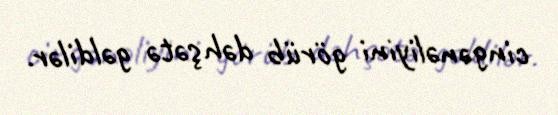
cingənəliyini görüb dəhşətə gəldilər.